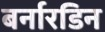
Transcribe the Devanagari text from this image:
बर्नारडिन